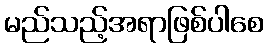
မည်သည့်အရာဖြစ်ပါစေ